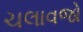
ચલાવજો